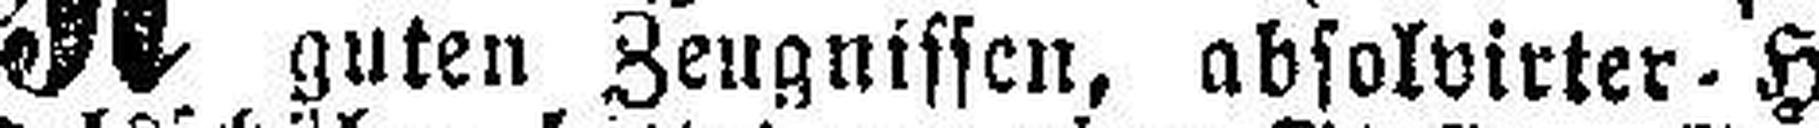
guten Zeugnissen, absolvirter-Han¬